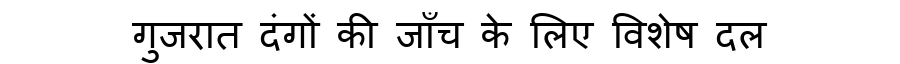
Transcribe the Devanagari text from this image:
गुजरात दंगों की जाँच के लिए विशेष दल